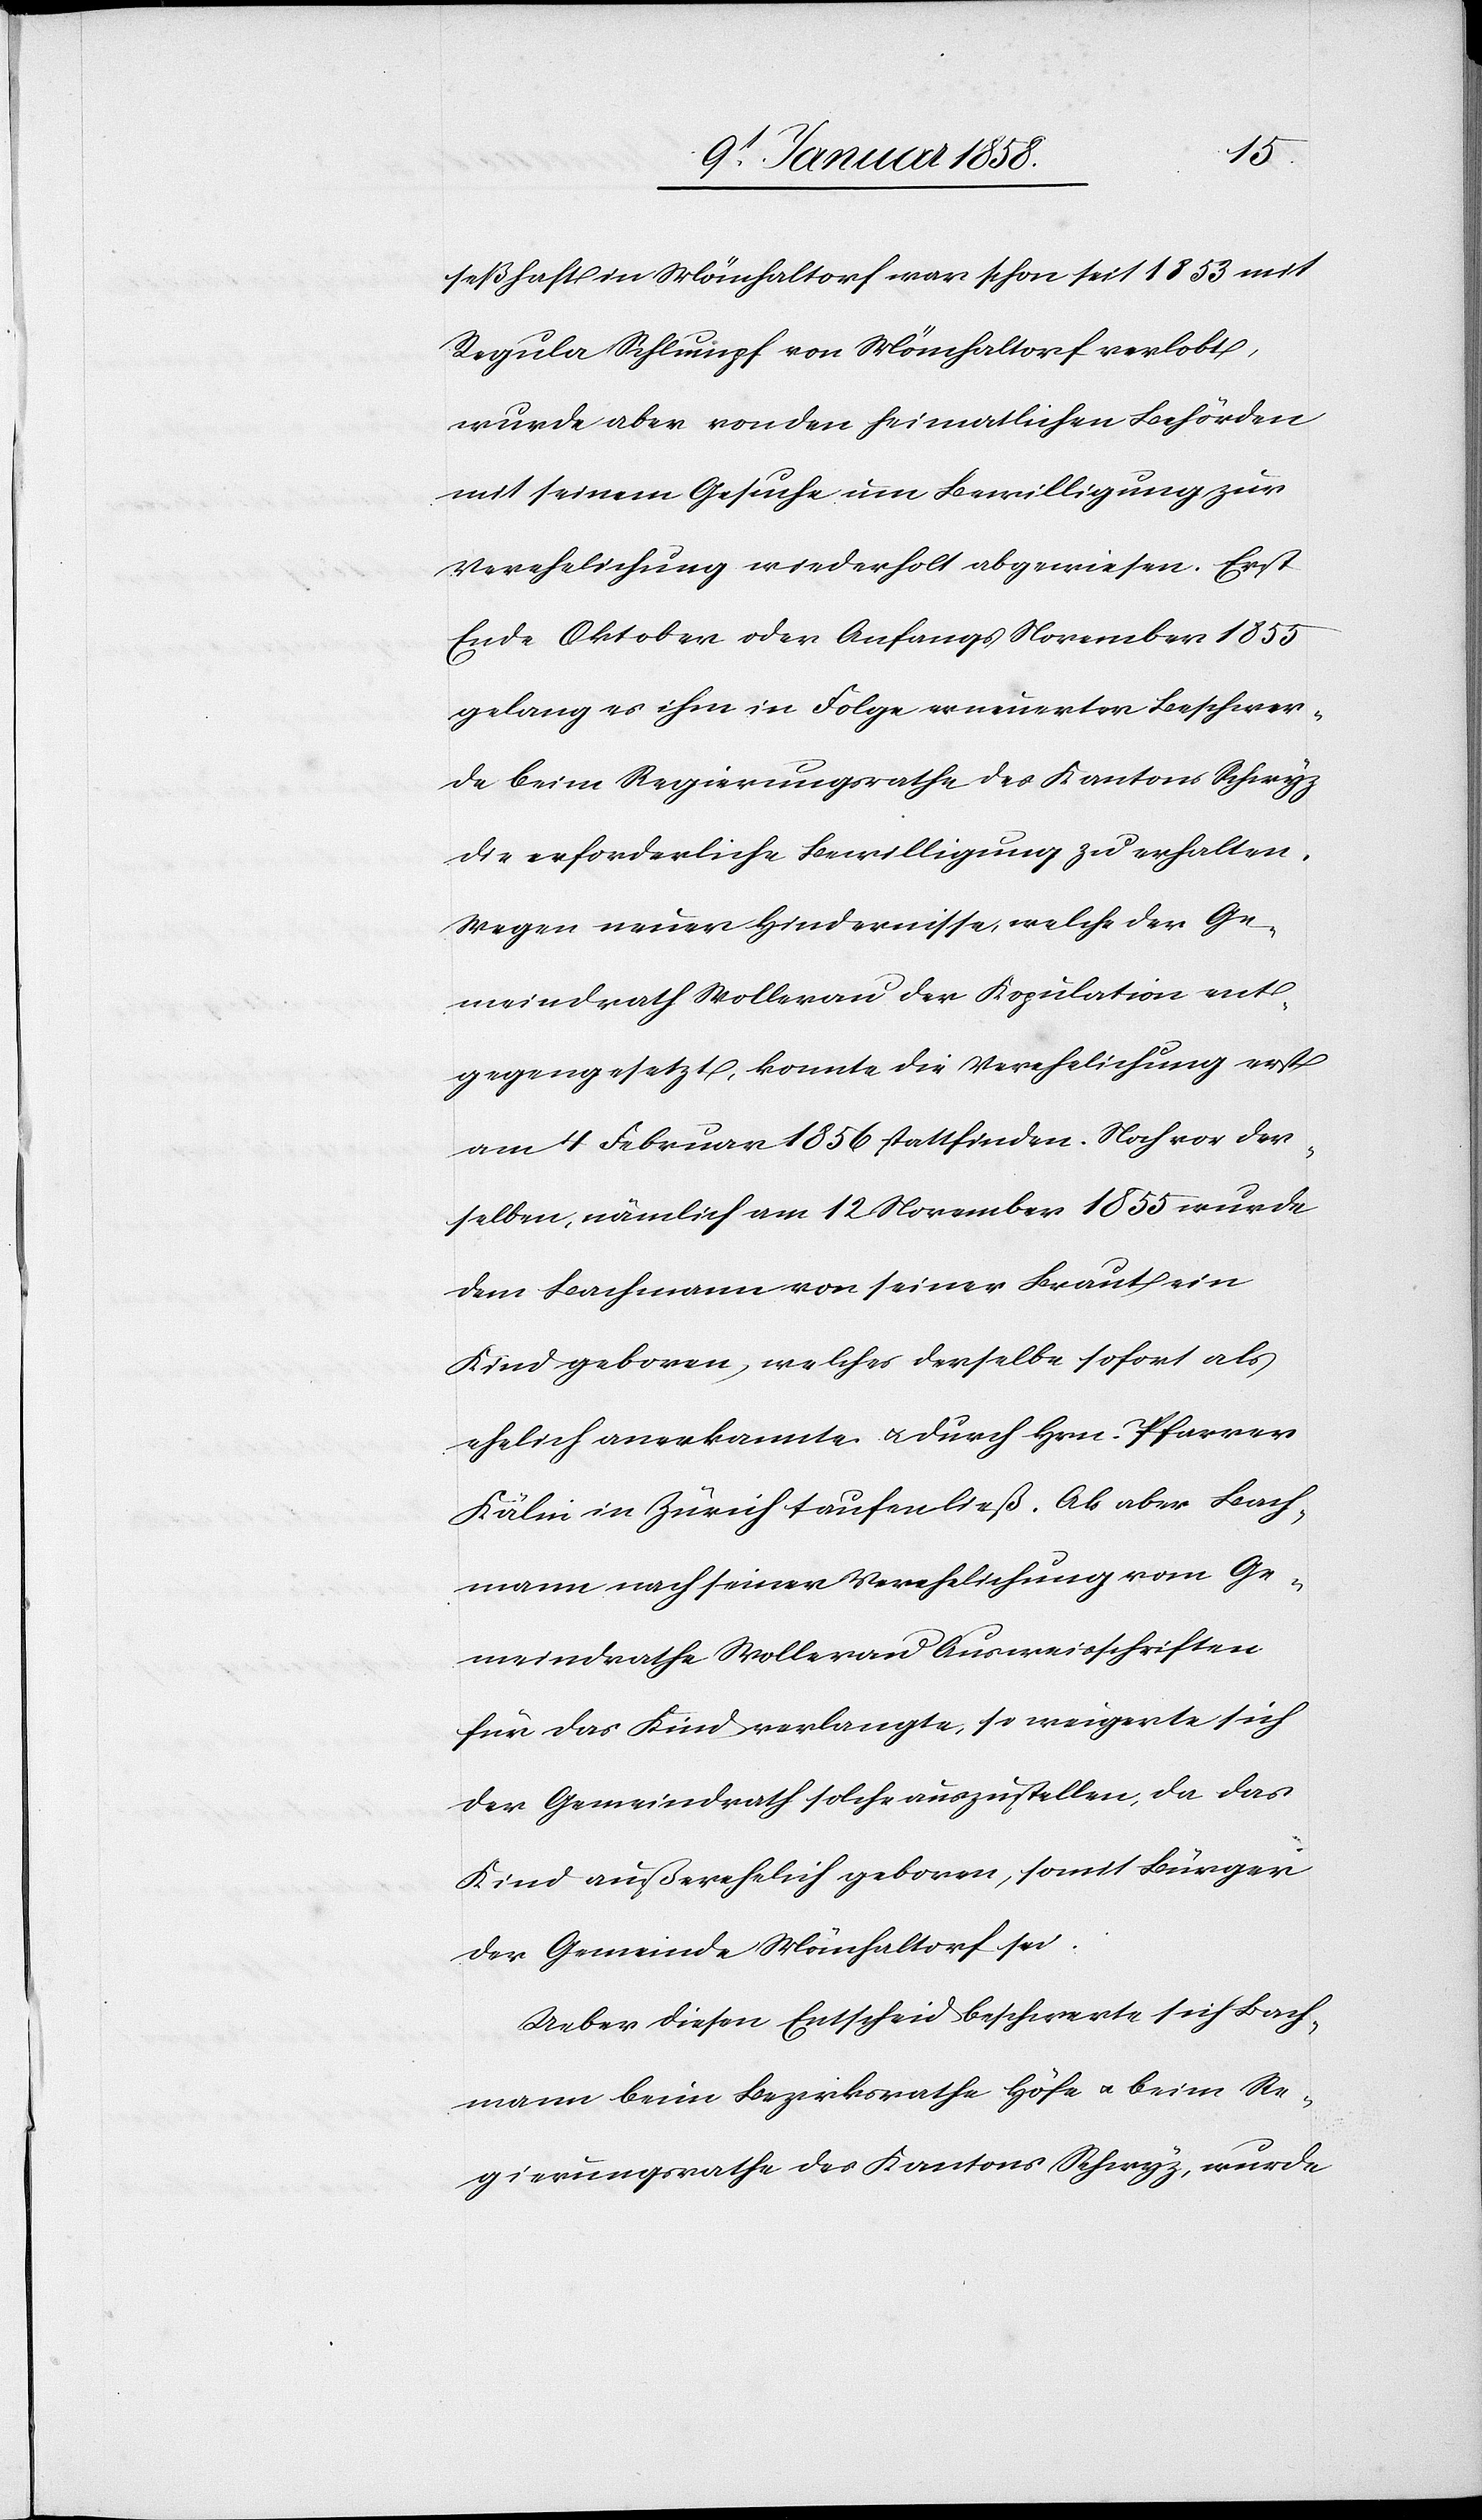
seßhaft in Mönchaltorf war schon seit 1853 mit
Regula Schlumpf von Mönchaltorf verlobt,
wurde aber von den heimatlichen Behörden
mit seinem Gesuche um Bewilligung zur
Verehelichung wiederholt abgewiesen. Erst
Ende Oktober oder Anfangs November 1855
gelang es ihm in Folge erneuerter Beschwer¬
de beim Regierungsrathe des Kantons Schwyz
die erforderliche Bewilligung zu erhalten.
Wegen neuer Hindernisse, welche der Ge¬
meindrath Wollerau der Kopulation ent¬
gegengesetzt, konnte die Verehelichung erst
am 4 Februar 1856 stattfinden. Noch vor der¬
selben, nämlich am 12 November 1855 wurde
dem Bachmann von seiner Braut ein
Kind, geboren, welches derselbe sofort als
ehelich anerkannte u. durch Hrn. Pfarrer
Kälin in Zürich taufen ließ. Als aber Bach¬
mann nach seiner Verehelichung vom Ge¬
meindrathe Wollerau Ausweisschriften
für das Kind verlangte, so weigerte sich
der Gemeindrath solche auszustellen, da das
Kind außerehelich geboren, somit Bürger
der Gemeinde Mönchaltorf sei.
Ueber diesen Entscheid beschwerte sich Bach¬
mann beim Bezirksrathe Höfe u. beim Re¬
gierungsrathe des Kantons Schwyz, wurde